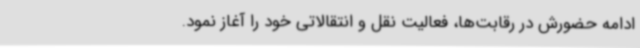
ادامه حضورش در رقابت‌ها، فعالیت نقل و انتقالاتی خود را آغاز نمود.